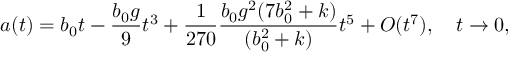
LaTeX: a ( t ) = b _ { 0 } t - \frac { b _ { 0 } g } { 9 } t ^ { 3 } + \frac { 1 } { 2 7 0 } \frac { b _ { 0 } g ^ { 2 } ( 7 b _ { 0 } ^ { 2 } + k ) } { ( b _ { 0 } ^ { 2 } + k ) } t ^ { 5 } + O ( t ^ { 7 } ) , \quad t \to 0 ,